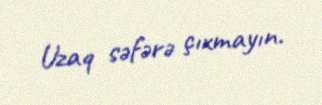
Uzaq səfərə çıxmayın.